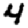
Digit: 4